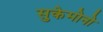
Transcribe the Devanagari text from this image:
सुकेमोनो